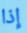
إذا